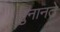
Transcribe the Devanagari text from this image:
सुनानते